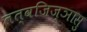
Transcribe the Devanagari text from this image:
तत्वजिज्ञासु